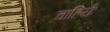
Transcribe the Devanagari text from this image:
चाहियेः